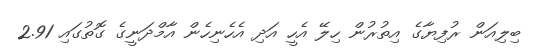
ބިލިއަން ރުފިޔާގެ އިތުރުން ހިލޭ އެހީ އަދި އެހެނިހެން އާމްދަނީގެ ގޮތުގައި 2.91